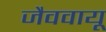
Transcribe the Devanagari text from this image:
जैववायू